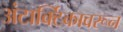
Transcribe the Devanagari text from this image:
अंटार्क्टिकावरून